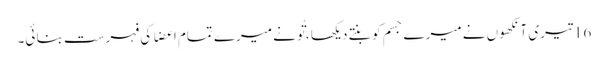
16 تیری آنکھوں نے میرے جسم کو بنتے دیکھا ، تُو نے میرے تمام اعضا کی فہرست بنا ئی۔